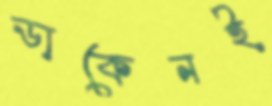
ডাকেনই